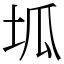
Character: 坬